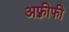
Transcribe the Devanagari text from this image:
अफ़्रीफी